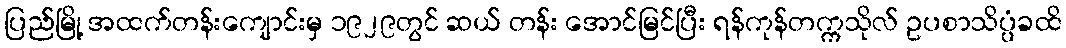
ပြည်မြို့ အထက်တန်းကျောင်းမှ ၁၉၂၉တွင် ဆယ် တန်း အောင်မြင်ပြီး ရန်ကုန်တက္ကသိုလ် ဥပစာသိပ္ပံခထိ